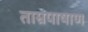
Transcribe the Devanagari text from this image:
ताम्रपाषाण